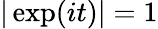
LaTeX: |\exp(it)|=1